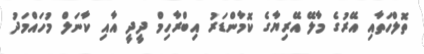
ތޮލްހަތާއި އޭރުގެ މާލޭ އޭރިޔާގެ ކޮމާންޑަރު އިބްރާހިމް ދީދީ އާއި ކާނަލް މުހައްމަދު